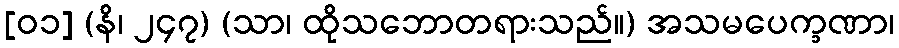
[၀၁] (နိ၊ ၂၄၇) (သာ၊ ထိုသဘောတရားသည်။) အသမပေက္ခဏာ၊